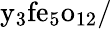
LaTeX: {\mathrm{y}}_{3}{\mathrm{fe}}_{5}{\mathrm{o}}_{12}/